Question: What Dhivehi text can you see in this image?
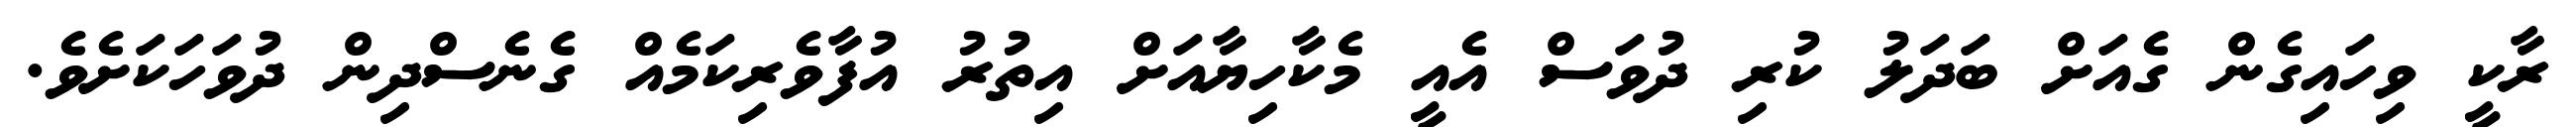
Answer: ރާކީ ވިހައިގެން ގެއަށް ބަދަލު ކުރި ދުވަސް އެއީ މެކާހިޔާއަށް އިތުރު އުފާވެރިކަމެއް ގެނެސްދިން ދުވަހަކަށެވެ.